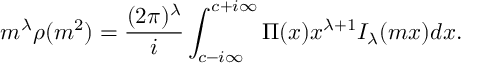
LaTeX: m ^ { \lambda } \rho ( m ^ { 2 } ) = \frac { ( 2 \pi ) ^ { \lambda } } { i } \int _ { c - i \infty } ^ { c + i \infty } \Pi ( x ) x ^ { \lambda + 1 } I _ { \lambda } ( m x ) d x .